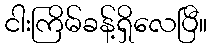
ငါးကြိမ်ခန့်ရှိလေပြီ။